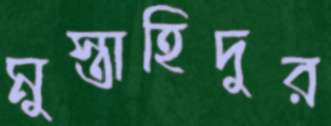
মুস্তাহিদুর